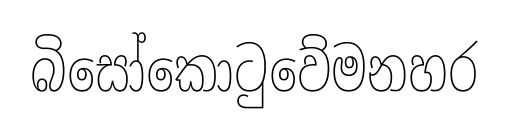
බිසෝකොටුවේමනහර